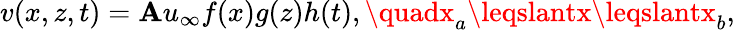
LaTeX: v(x,z,t)=\mathbf{A}u_{\infty}f(x)g(z)h(t),\quadx_{a}\leqslantx\leqslantx_{b},